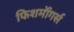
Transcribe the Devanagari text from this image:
फिशमॉंगर्स